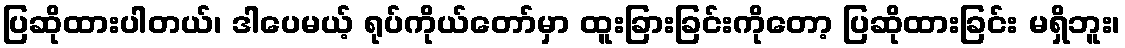
ပြဆိုထားပါတယ်၊ ဒါပေမယ့် ရုပ်ကိုယ်တော်မှာ ထူးခြားခြင်းကိုတော့ ပြဆိုထားခြင်း မရှိဘူး၊